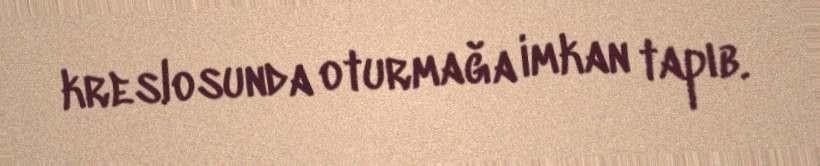
kreslosunda oturmağa imkan tapıb.